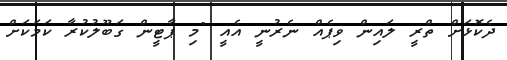
ދެކޮޅަށް ތްރީ ލައިން ވިޕެއް ނެރުނީ އެއީ "މި ޕާޓީން ގަބޫލުކުރާ ކަމަކަށް